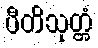
ပီတိသုတ္တံ